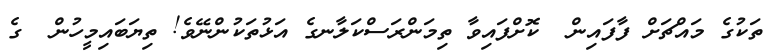
ތަކުގެ މައްޗަށް ފާފައިން  ކޮށްފައިވާ ތިމަންރަސްކަލާނގެ އަޅުތަކުންނޭވެ! ތިޔަބައިމީހުން  ގެ